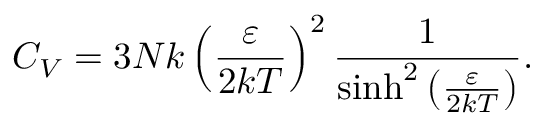
C _ { V } = 3 N k \left( { \frac { \varepsilon } { 2 k T } } \right) ^ { 2 } { \frac { 1 } { \sinh ^ { 2 } \left( { \frac { \varepsilon } { 2 k T } } \right) } } .